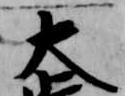
大